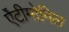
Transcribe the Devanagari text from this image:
ऐंटीमोनिल